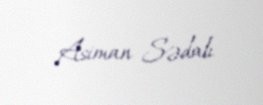
Asiman Sədalı